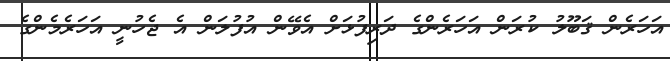
އަހަރެން ޤަބޫލު ކުރަން އަހަރެންގެ ދަރިފުޅަށް އެވޭން އުފުލަން އެ ޖެހުނީ އަހަރެމެންގެ